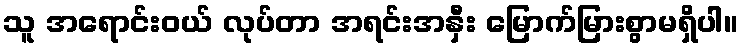
သူ အရောင်းဝယ် လုပ်တာ အရင်းအနှီး မြောက်မြားစွာမရှိပါ။